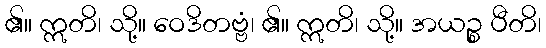
၏။ ဣတိ၊ သို့။ ဝေဒိတဗ္ဗံ၊ ၏။ ဣတိ၊ သို့။ အယဉ္စ ပီတိ၊